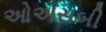
ઓએસબી